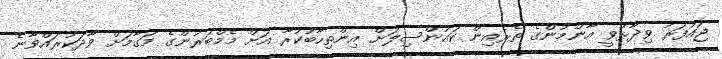
ޖައުފަރު ވިދާޅުވީ އާންމުންގެ ތެރެއިން ކައުންސިލަށް އިންތިހާބުކުރާ އަށް މެމްބަރުންގެ މަގާމަށް ވާދަކުރައްވާނެ